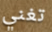
تغني